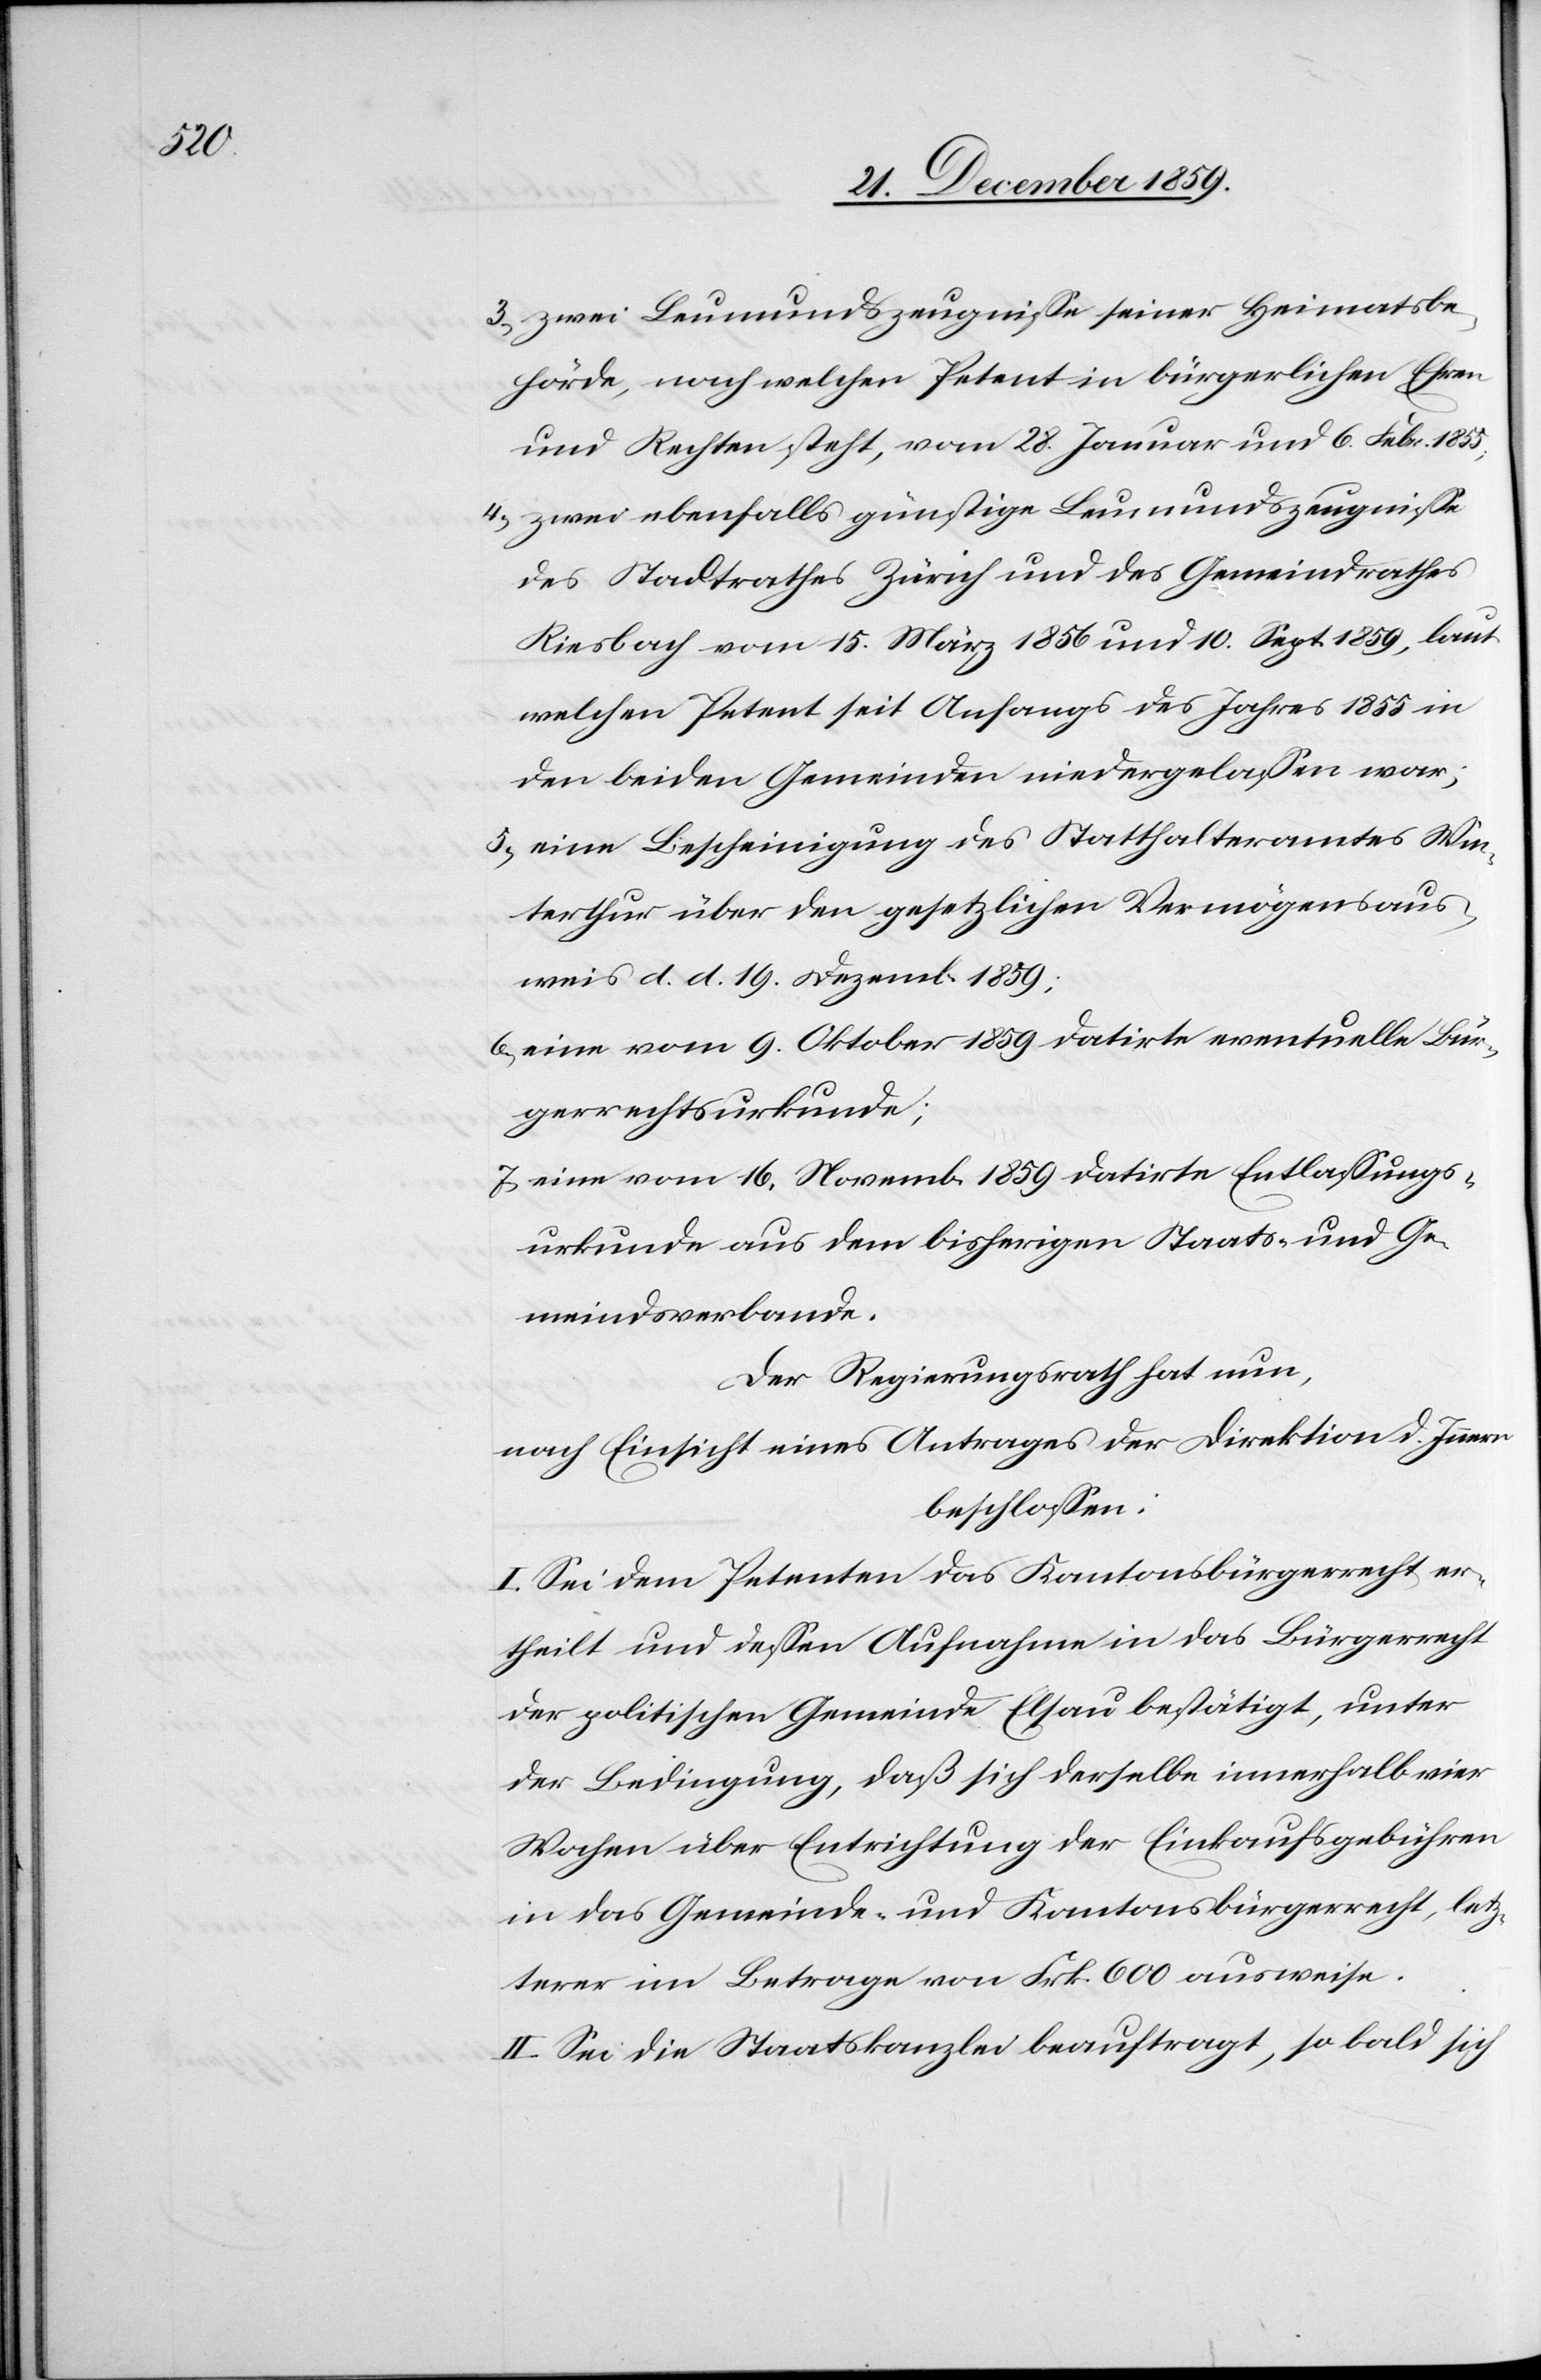
3.) zwei Leumundszeugnisse seiner Heimatsbe¬
hörde, nach welchen Petent in bürgerlichen Ehren
und Rechten steht, vom 28. Januar und 6. Febr. 1855;
4.) zwei ebenfalls günstige Leumundszeugnisse
des Stadtrathes Zürich und des Gemeindrathes
Riesbach vom 15. März 1856 und 10. Sept. 1859, laut
welchen Petent seit Anfangs des Jahres 1855 in
den beiden Gemeinden niedergelassen war;
5.) eine Bescheinigung des Statthalteramtes Win¬
terthur über den gesetzlichen Vermögensaus¬
weis d. d. 19. Dezemb. 1859;
6.) eine vom 9. Oktober 1859 datirte eventuelle Bür¬
gerrechtsurkunde;
7.) eine vom 16. Novemb. 1859 datirte Entlassungs¬
urkunde aus dem bisherigen Staats- und Ge¬
meindsverbande.
Der Regierungsrath hat nun,
nach Einsicht eines Antrages der Direktion d. Innern
beschlossen:
I. Sei dem Petenten das Kantonsbürgerrecht er¬
theilt und dessen Aufnahme in das Bürgerrecht
der politischen Gemeinde Elsau bestätigt, unter
der Bedingung, daß sich derselbe innerhalb vier
Wochen über Entrichtung der Einkaufsgebühren
in das Gemeinde- und Kantonsbürgerrecht, letz¬
terer im Betrage von Frk. 600 ausweise.
II. Sei die Staatskanzlei beauftragt, so bald sich